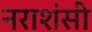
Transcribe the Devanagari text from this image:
नराशंसी